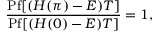
\frac { \mathrm { P f } [ ( H ( \pi ) - E ) T ] } { \mathrm { P f } [ ( H ( 0 ) - E ) T ] } = 1 ,